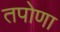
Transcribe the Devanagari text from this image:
तपोणा